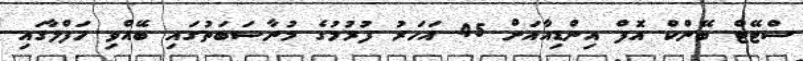
ސްޓޭޓް ބޭންކް އޮފް އިންޑިއާއަށް 45 އަހަރު ފުރުމުގެ މުނާސަބަތުގައި ބޭއްވި ހަފްލާގައި